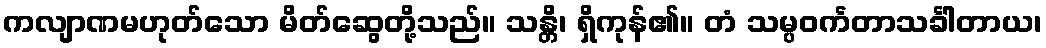
ကလျာဏမဟုတ်သော မိတ်ဆွေတို့သည်။ သန္တိ၊ ရှိကုန်၏။ တံ သမ္ပဝင်္ကတာသင်္ခါတာယ၊